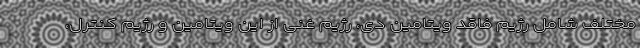
مختلف شامل رژیم فاقد ویتامین دی، رژیم غنی از این ویتامین و رژیم کنترل،